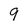
Character: 9